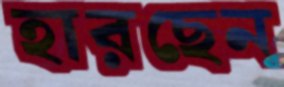
হারছেন